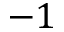
- 1